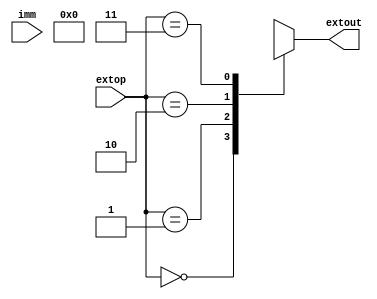
`timescale 1ns / 1ps

module EXT(imm,extop,extout);
input [15:0]imm;
input [1:0] extop;
output [31:0] extout;

wire [31:0]tmp[3:0];
assign tmp[0]={16'b0,imm};
assign tmp[1]={{16{imm[15]}},imm};
assign tmp[2]={imm,16'b0};
assign extout=tmp[extop];

endmodule